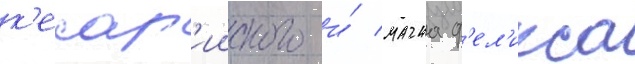
к'есар'ииского и́ магна ф'ел'икса